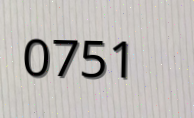
0751